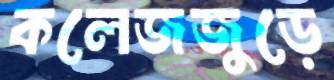
কলেজজুড়ে